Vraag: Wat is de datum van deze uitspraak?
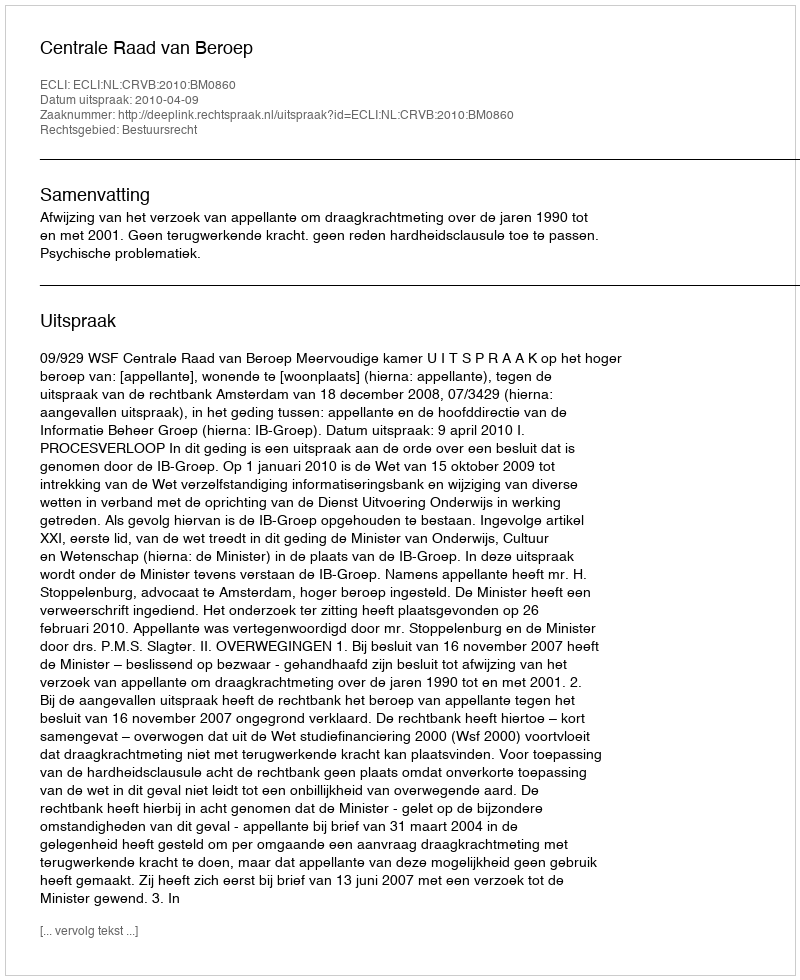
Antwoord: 2010-04-09